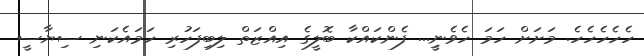
ހެހެހެހެހެ. މަށަށް ހަމަ ހެވެނިީ... ފެންކައްކާ ބޮލީގެ އިއްޒަތް ލިބިފަހުރި ހަމައެކަނި ސިޔާސީ